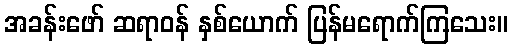
အခန်းဖော် ဆရာဝန် နှစ်ယောက် ပြန်မရောက်ကြသေး။